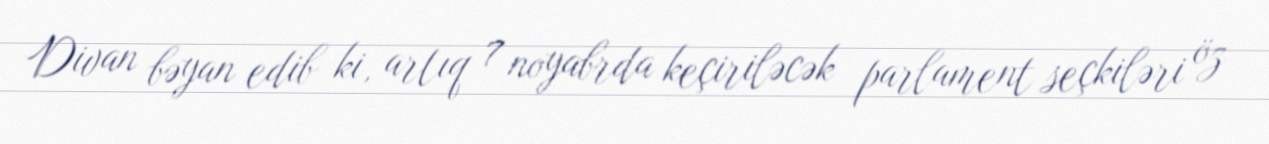
Divan bəyan edib ki, artıq 7 noyabrda keçiriləcək parlament seçkiləri öz